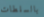
بالسلطات